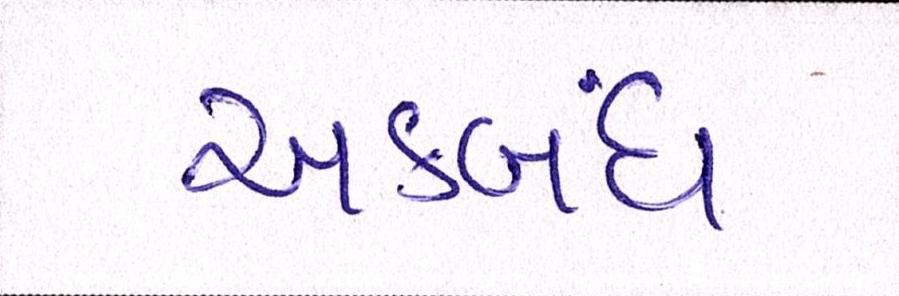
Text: અકબંધ